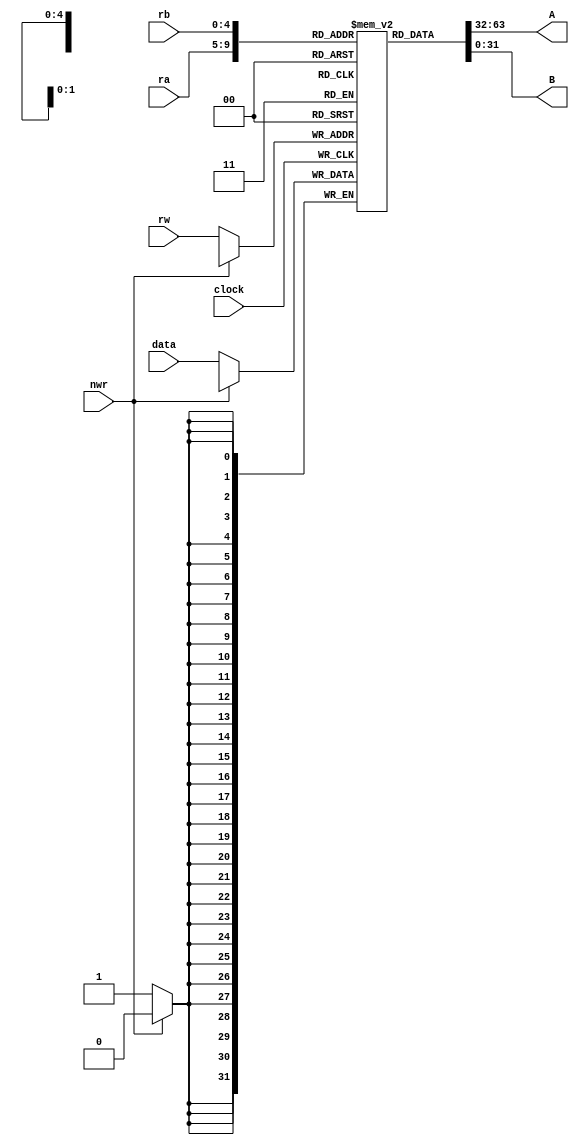
`timescale 1ns / 1ps
//////////////////////////////////////////////////////////////////////////////////
// Company: 
// Engineer: 
// 
// Design Name: 
// Module Name: regfile
// Project Name: 
// Target Devices: 
// Tool Versions: 
// Description: 
// 
// Dependencies: 
// 
// Revision:
// Revision 0.01 - File Created
// Additional Comments:
// 
//////////////////////////////////////////////////////////////////////////////////


module regfile(A, B, data, ra, rb, rw, nwr, clock);
output	[31:0]	A;
output	[31:0]	B;
input 	[31:0]	data;
input 	[4:0]	ra, rb, rw;
input			nwr;
input			clock;

reg		[31:0] regs[31:0];

assign A = regs[ra];
assign B = regs[rb];

integer i;

initial
begin
	for(i=0;i<32;i=i+1)
	begin
		regs[i]=0;
	end
end

always @(posedge clock)
begin
	$display("%10d - A(REG[%d]) -  %h, B(REG[%d]) -  %h\n",$time, ra,A,rb,B);
	if (nwr==0) 
	begin
		regs[rw] = data;
		$display("%10d - REG[%d] <- %h",$time, rw, data);
	end		
end

endmodule